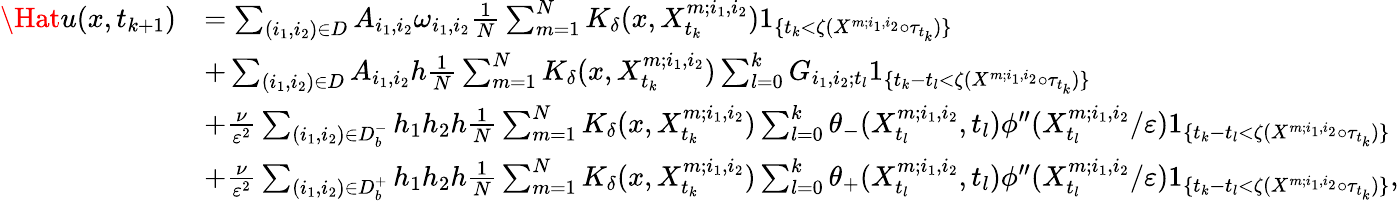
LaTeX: \begin{array}{rl}{\Hat{u}(x,t_{k+1})}&{=\sum_{(i_{1},i_{2})\in D}A_{i_{1},i_{2}}\omega_{i_{1},i_{2}}\frac{1}{N}\sum_{m=1}^{N}K_{\delta}(x,X_{t_{k}}^{m;i_{1},i_{2}})1_{\{ t_{k}<\zeta(X^{m;i_{1},i_{2}}\circ\tau_{t_{k}})\} }}\\ &{+\sum_{(i_{1},i_{2})\in D}A_{i_{1},i_{2}}h\frac{1}{N}\sum_{m=1}^{N}K_{\delta}(x,X_{t_{k}}^{m;i_{1},i_{2}})\sum_{l=0}^{k}G_{i_{1},i_{2};t_{l}}1_{\{ t_{k}-t_{l}<\zeta(X^{m;i_{1},i_{2}}\circ\tau_{t_{k}})\} }}\\ &{+\frac{\nu}{\varepsilon^{2}}\sum_{(i_{1},i_{2})\in D_{b}^{-}}h_{1}h_{2}h\frac{1}{N}\sum_{m=1}^{N}K_{\delta}(x,X_{t_{k}}^{m;i_{1},i_{2}})\sum_{l=0}^{k}\theta_{-}(X_{t_{l}}^{m;i_{1},i_{2}},t_{l})\phi^{\prime\prime}(X_{t_{l}}^{m;i_{1},i_{2}}/\varepsilon)1_{\{ t_{k}-t_{l}<\zeta(X^{m;i_{1},i_{2}}\circ\tau_{t_{k}})\} }}\\ &{+\frac{\nu}{\varepsilon^{2}}\sum_{(i_{1},i_{2})\in D_{b}^{+}}h_{1}h_{2}h\frac{1}{N}\sum_{m=1}^{N}K_{\delta}(x,X_{t_{k}}^{m;i_{1},i_{2}})\sum_{l=0}^{k}\theta_{+}(X_{t_{l}}^{m;i_{1},i_{2}},t_{l})\phi^{\prime\prime}(X_{t_{l}}^{m;i_{1},i_{2}}/\varepsilon)1_{\{ t_{k}-t_{l}<\zeta(X^{m;i_{1},i_{2}}\circ\tau_{t_{k}})\} },}\end{array}